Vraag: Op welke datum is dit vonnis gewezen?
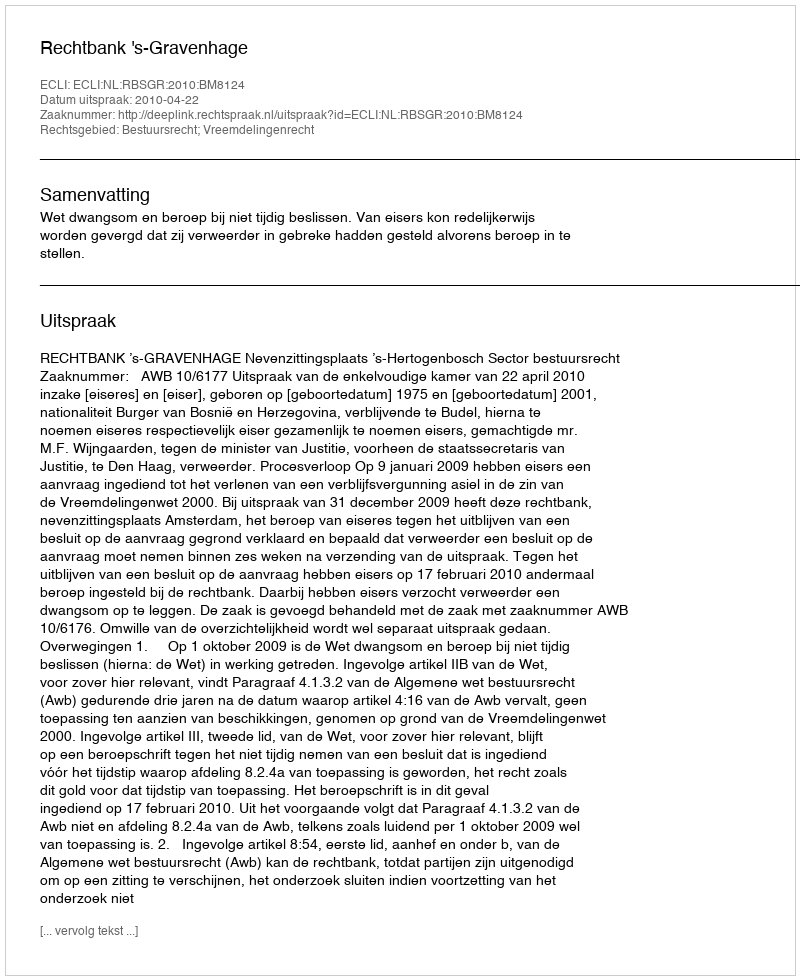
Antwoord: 2010-04-22